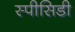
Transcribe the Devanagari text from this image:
स्पीसिडी